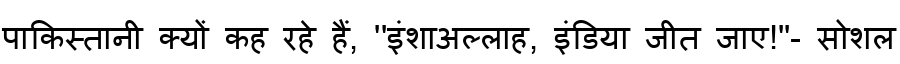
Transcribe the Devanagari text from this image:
पाकिस्तानी क्यों कह रहे हैं, ''इंशाअल्लाह, इंडिया जीत जाए!''- सोशल